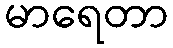
မာရေတာ